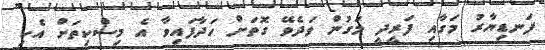
ފަނޑިޔާރު މަގާއި ފަރީދީ މަގުން ވަދެވޭ ގޮތަށް ހަދާފައިވާ އެ މިސްކިތަށް އެކި